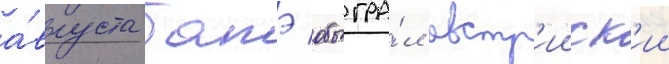
а́вгуста батэ обыгра́л австр'ииск'ии